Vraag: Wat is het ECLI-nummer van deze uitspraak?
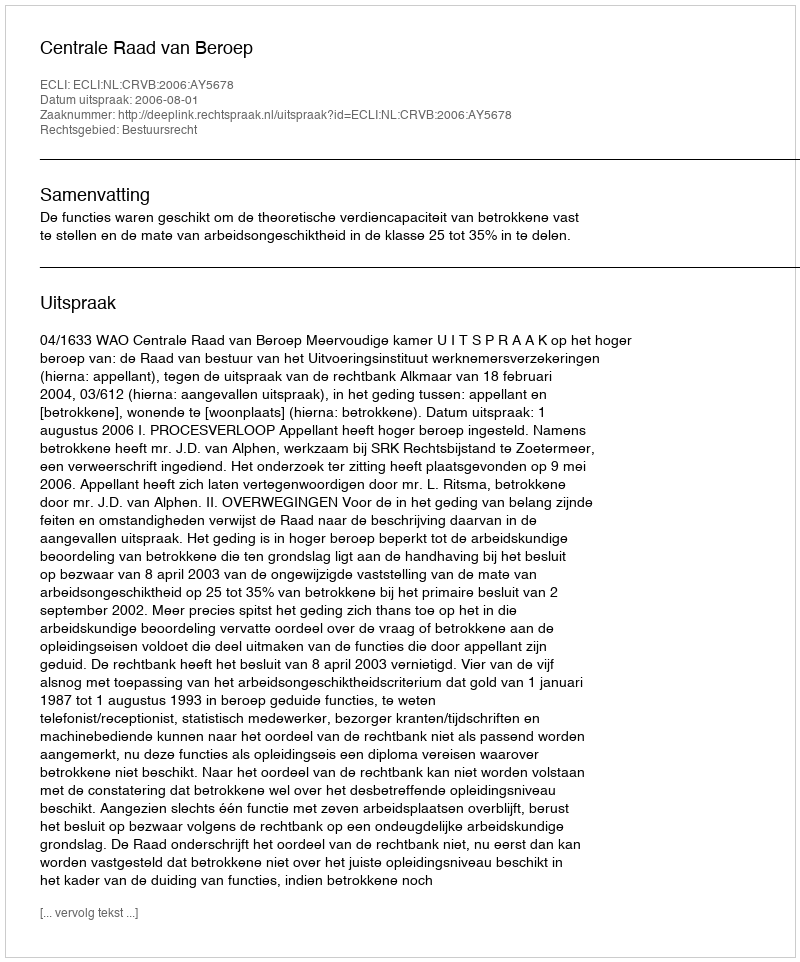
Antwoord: ECLI:NL:CRVB:2006:AY5678